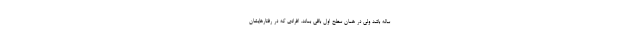
ساله باشد ولی در همان سطح اول باقی بماند. افرادی که در رفتارهایشان